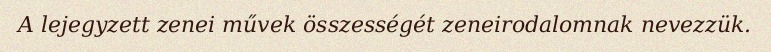
A lejegyzett zenei művek összességét zeneirodalomnak nevezzük.